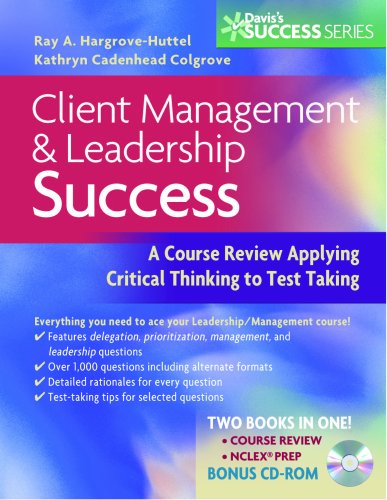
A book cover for Client Management and Leadership Success: A Course Review Applying Critical thinking to Test taking (Davis's Success); Ray A. Hargrove-Huttel RN  PhD; Medical Books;